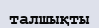
талшықты